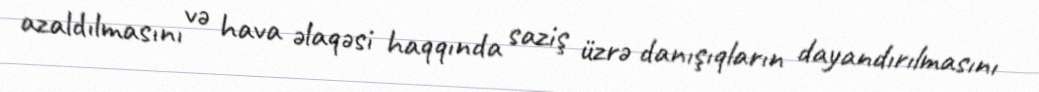
azaldılmasını və hava əlaqəsi haqqında saziş üzrə danışıqların dayandırılmasını